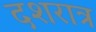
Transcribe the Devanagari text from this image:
दशरात्र